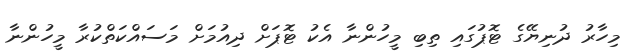
މިހާރު ދުނިޔޭގެ ޓޮޕުގައި ތިބި މީހުންނާ އެކު ޓޮޕަށް ދިއުމަށް މަސައްކަތްކުރާ މީހުންނާ